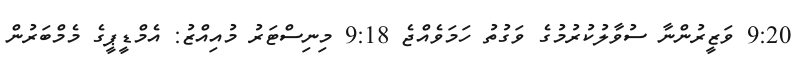
9:20 ވަޒީރުންނާ ސުވާލުކުރުމުގެ ވަގުތު ހަމަވެއްޖެ 9:18 މިނިސްޓަރު މުއިއްޒު: އެމްޑީޕީގެ މެމްބަރުން